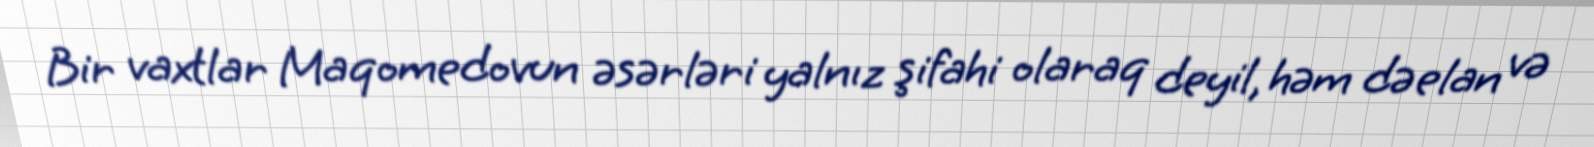
Bir vaxtlar Maqomedovun əsərləri yalnız şifahi olaraq deyil, həm də elan və